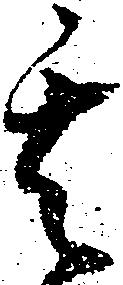
其